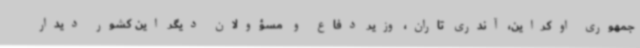
جمهوری اوکراین، آندری تاران، وزیر دفاع و مسؤولان دیگر این کشور دیدار